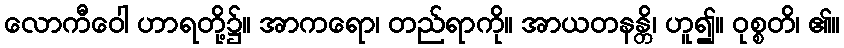
လောကီဝေါ ဟာရတို့၌။ အာကရော၊ တည်ရာကို။ အာယတနန္တိ၊ ဟူ၍။ ဝုစ္စတိ၊ ၏။